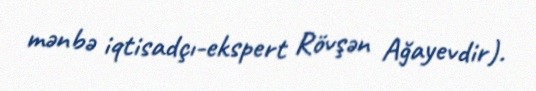
mənbə iqtisadçı-ekspert Rövşən Ağayevdir).